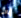
أبالى